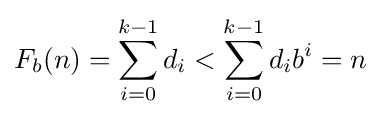
F_{b}(n)=\sum _{i=0}^{k-1}d_{i}<\sum _{i=0}^{k-1}d_{i}b^{i}=n